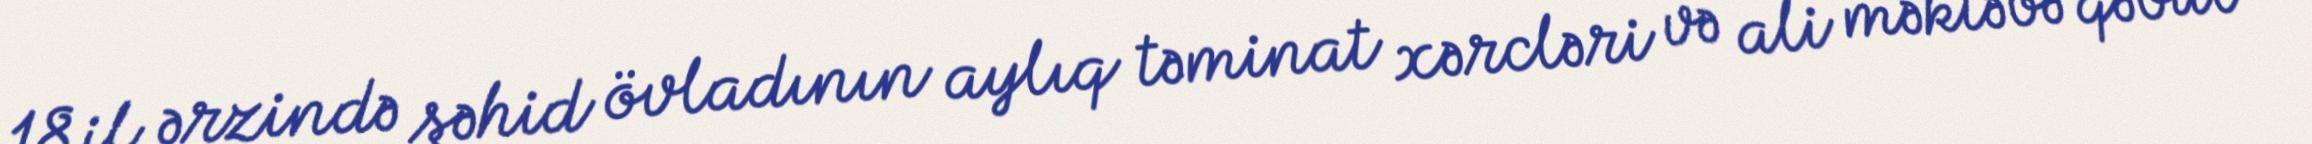
18 il ərzində şəhid övladının aylıq təminat xərcləri və ali məktəbə qəbul